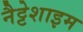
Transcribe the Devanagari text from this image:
नैट्टेशाइम